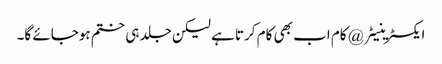
ایکسٹرینیٹر @ کام اب بھی کام کرتا ہے لیکن جلد ہی ختم ہوجائے گا۔